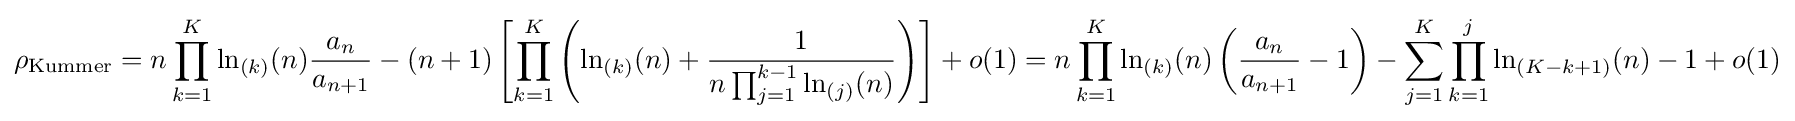
\rho _{\text{Kummer}}=n\prod _{k=1}^{K}\ln _{(k)}(n){\frac {a_{n}}{a_{n+1}}}-(n+1)\left[\prod _{k=1}^{K}\left(\ln _{(k)}(n)+{\frac {1}{n\prod _{j=1}^{k-1}\ln _{(j)}(n)}}\right)\right]+o(1)=n\prod _{k=1}^{K}\ln _{(k)}(n)\left({\frac {a_{n}}{a_{n+1}}}-1\right)-\sum _{j=1}^{K}\prod _{k=1}^{j}\ln _{(K-k+1)}(n)-1+o(1)